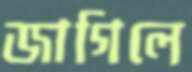
জাগিলে